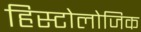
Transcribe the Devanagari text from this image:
हिस्टोलोजिक